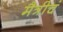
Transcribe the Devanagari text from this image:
मैत्रीचं